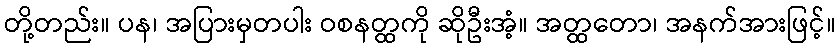
တို့တည်း။ ပန၊ အပြားမှတပါး ဝစနတ္ထကို ဆိုဦးအံ့။ အတ္ထတော၊ အနက်အားဖြင့်။